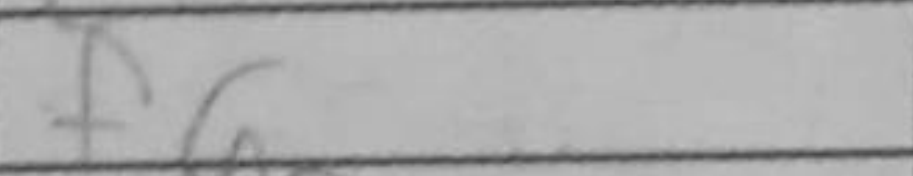
Transcription: f6